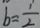
b = \frac { 1 } { 2 }